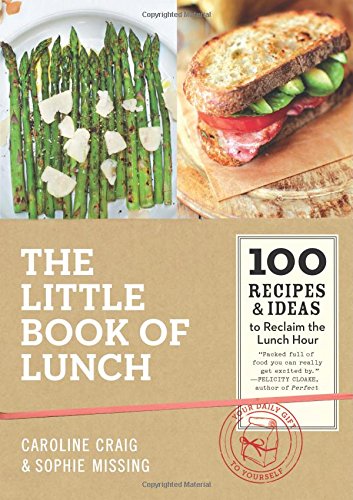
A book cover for The Little Book of Lunch: 100 Recipes & Ideas to Reclaim the Lunch Hour; Caroline Craig; Cookbooks, Food & Wine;